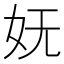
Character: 妩